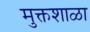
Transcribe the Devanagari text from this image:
मुक्तशाळा